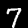
Digit: 7